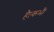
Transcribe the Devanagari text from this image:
है।कभी